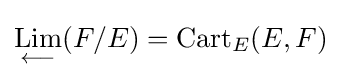
{\underset {\longleftarrow }{\mathrm {Lim} }}(F/E)=\mathrm {Cart} _{E}(E,F)